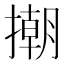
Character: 𢴿